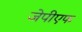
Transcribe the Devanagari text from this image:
जेपीएफ